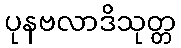
ပုနဗလာဒိသုတ္တ